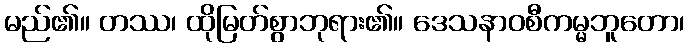
မည်၏။ တဿ၊ ထိုမြတ်စွာဘုရား၏။ ဒေသနာဝစီကမ္မဘူတော၊